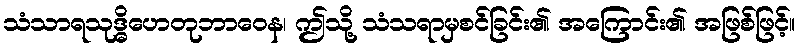
သံသာရသုဒ္ဓိဟေတုဘာဝေန၊ ဤသို့ သံသရာမှစင်ခြင်း၏ အကြောင်း၏ အဖြစ်ဖြင့်။